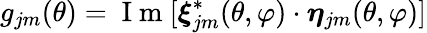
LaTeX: g_{jm}(\theta)=\mathrm{~I~m~}[\boldsymbol{\xi}_{jm}^{*}(\theta,\varphi)\cdot\boldsymbol{\eta}_{jm}(\theta,\varphi)]